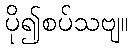
ပို၍စပ်သဗျ။